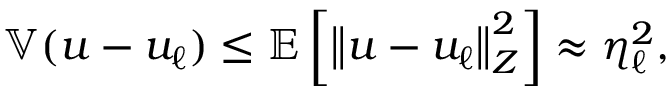
\mathbb { V } ( u - u _ { \ell } ) \le \mathbb { E } \left[ \left\Vert u - u _ { \ell } \right\Vert _ { Z } ^ { 2 } \right] \approx \eta _ { \ell } ^ { 2 } ,